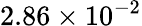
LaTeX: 2.86\times 10^{-2}